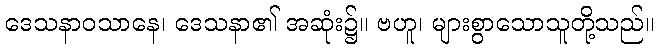
ဒေသနာဝသာနေ၊ ဒေသနာ၏ အဆုံး၌။ ဗဟူ၊ များစွာသောသူတို့သည်။